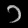
Digit: ၁